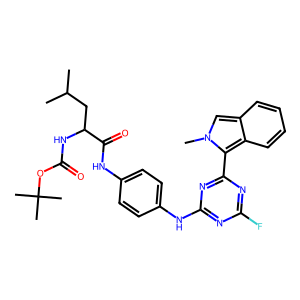
SMILES: CC(C)CC(NC(=O)OC(C)(C)C)C(=O)Nc1ccc(Nc2nc(F)nc(-c3c4ccccc4cn3C)n2)cc1
Inhibits HIV replication: No